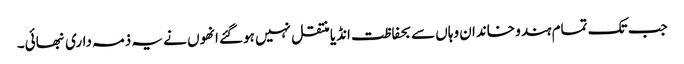
جب تک تمام ہندو خاندان وہاں سے بحفاظت انڈیا منتقل نہیں ہوگئے انھوں نے یہ ذمہ داری نبھائی۔